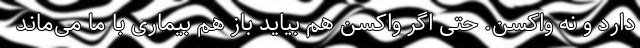
دارد و نه واکسن. حتی اگر واکسن هم بیاید باز هم بیماری با ما می‌‌‌ماند